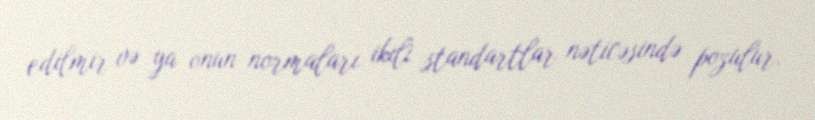
edilmir və ya onun normaları ikili standartlar nəticəsində pozulur.